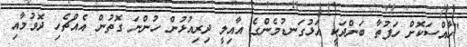
"ހާއްސަކޮށް ހަފުތާ ބަންދަކީ އަޅުގަނޑުމެންގެ އާއިލީ ދިރިއުޅުން ހުންނަ ގޮތުން އެއްޗެހި ދޮވުމާއި